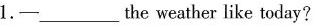
1. -___the weather like today?